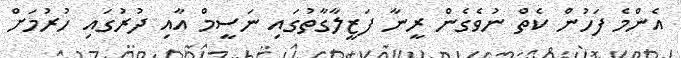
އެންމެ ފަހުން ކެތް ނުވެގެން ރީނާ ފަޒީލާގާތުގައި ނަސީމް އާއި ދުރުގައި ހުރުމަށް